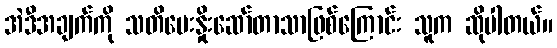
အဲဒီအချက်ကို သတိပေးနှိုးဆော်တာသာဖြစ်ကြောင်း သူက ဆိုပါတယ်။